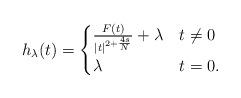
LaTeX: \begin{align*}h_{\lambda}(t)=\begin{cases}\frac{F(t)}{|t|^{2+\frac{4s}{N}}}+\lambda & t \neq 0 \\\lambda & t = 0.\end{cases}\end{align*}